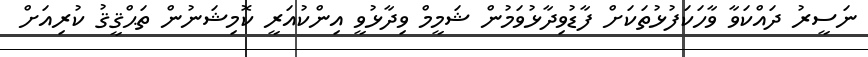
ނަސީރު ދައްކަވާ ވާހަކަފުޅުތަކަށް ފާޑުވިދާޅުވަމުން ޝަމީމް ވިދާޅުވީ އިންކުއަރީ ކޮމިޝަނުން ތަޙްޤީޤު ކުރިއަށް